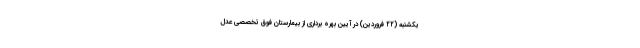
یکشنبه (۲۲ فروردین) در آیین بهره برداری از بیمارستان فوق تخصصی عدل